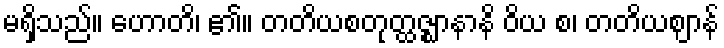
မရှိသည်။ ဟောတိ၊ ၏။ တတိယစတုတ္ထဇ္ဈာနာနိ ဝိယ စ၊ တတိယဈာန်